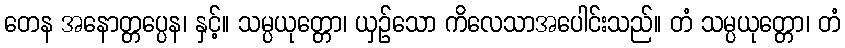
တေန အနောတ္တပ္ပေန၊ နှင့်။ သမ္ပယုတ္တော၊ ယှဉ်သော ကိလေသာအပေါင်းသည်။ တံ သမ္ပယုတ္တော၊ တံ